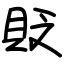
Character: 貶